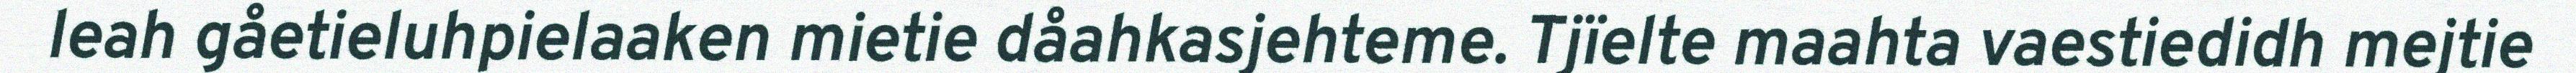
leah gåetieluhpielaaken mietie dåahkasjehteme. Tjïelte maahta vaestiedidh mejtie